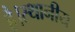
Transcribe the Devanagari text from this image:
है।स्थानीय